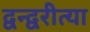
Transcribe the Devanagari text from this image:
द्वन्द्वरीत्या